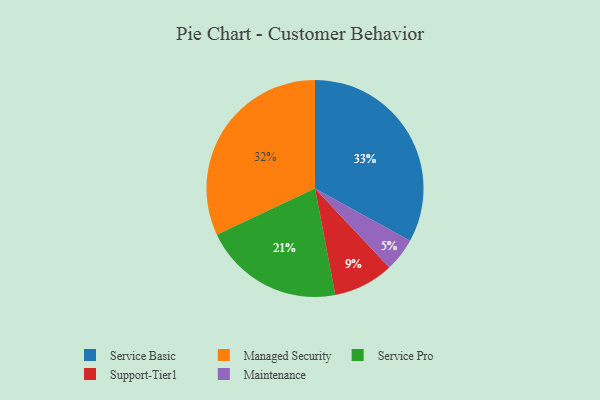
{"axis": {"x": "Category", "y": "Percentage"}, "legend": ["Maintenance", "Managed Security", "Service Basic", "Service Pro", "Support-Tier1"], "data": [{"x": "Maintenance", "y": 5, "type": "Maintenance"}, {"x": "Service Pro", "y": 21, "type": "Service Pro"}, {"x": "Service Basic", "y": 33, "type": "Service Basic"}, {"x": "Support-Tier1", "y": 9, "type": "Support-Tier1"}, {"x": "Managed Security", "y": 32, "type": "Managed Security"}]}